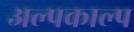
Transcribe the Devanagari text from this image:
अल्पकाल्प